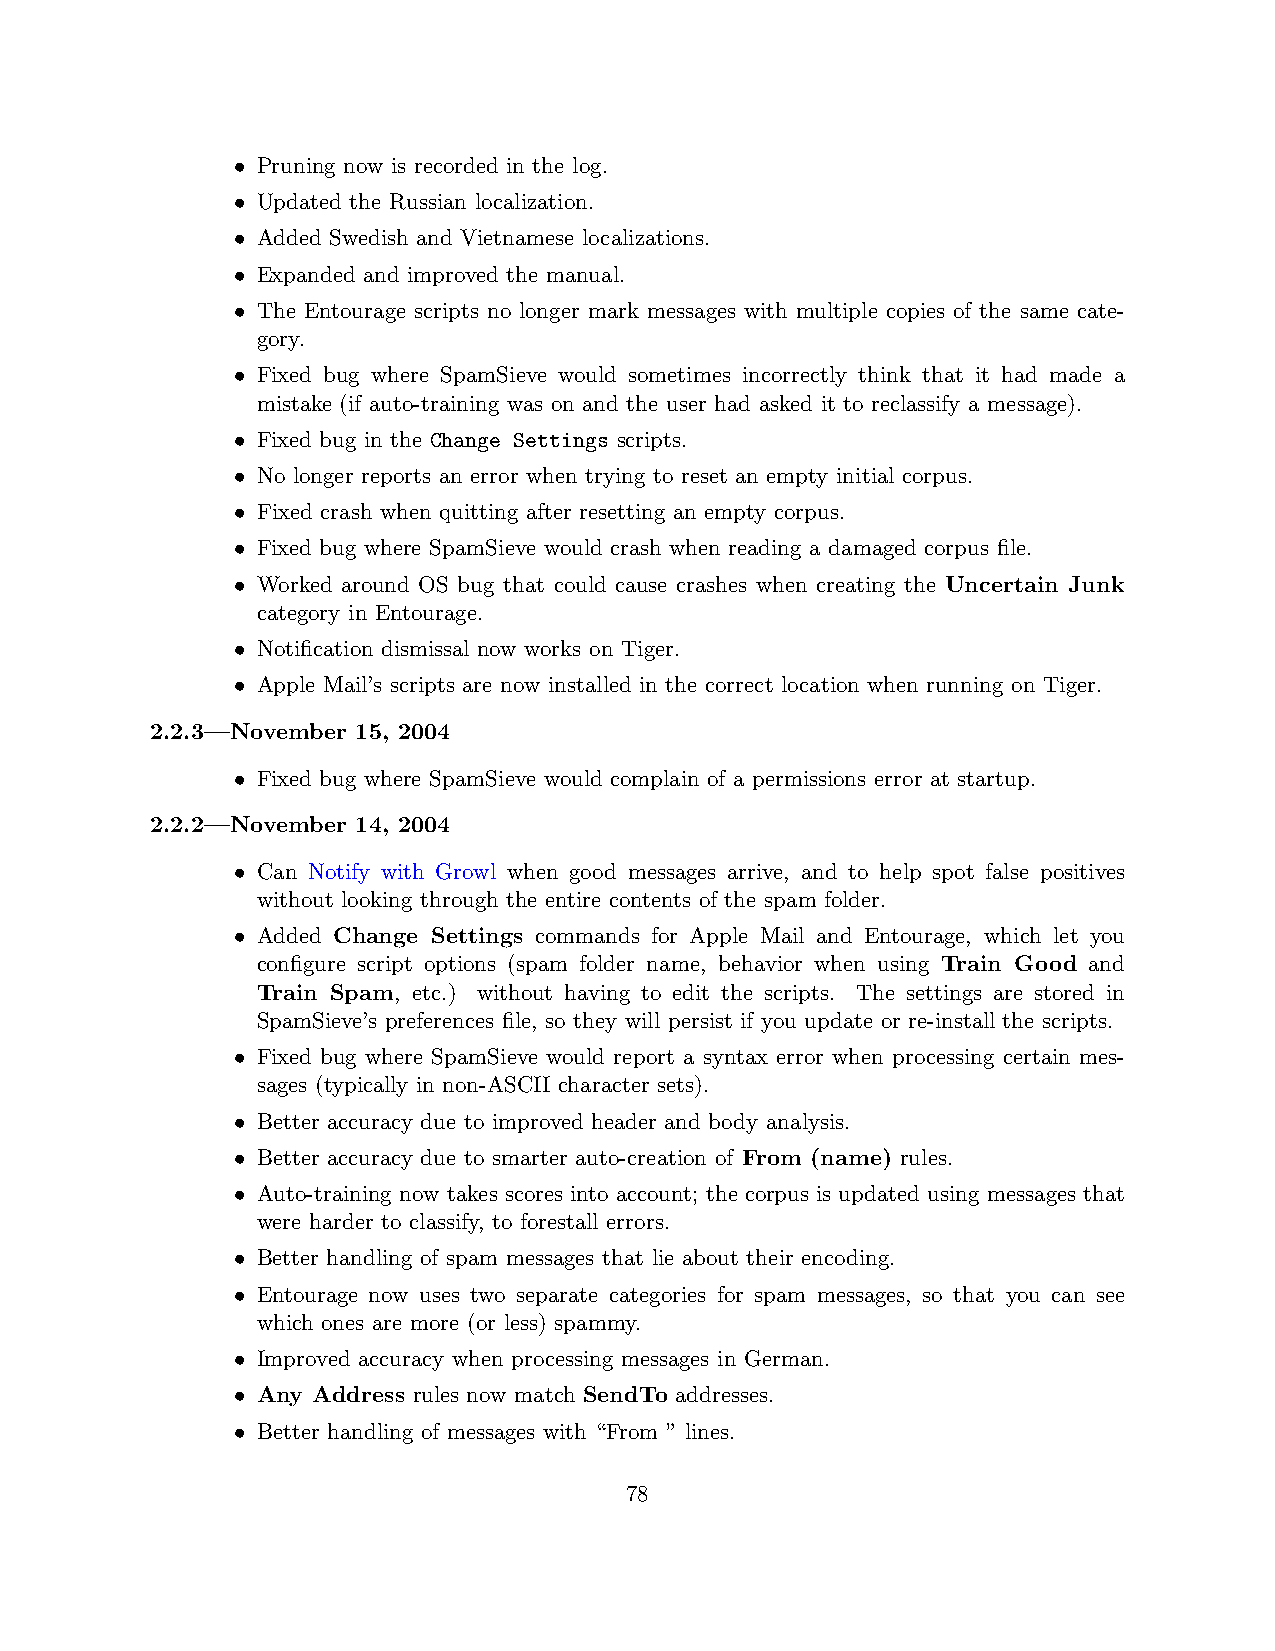
• Pruning now is recorded in the log.
 • Updated the Russian localization.
 • Added Swedish and Vietnamese localizations.
 • Expanded and improved the manual.
 • The Entourage scripts no longer mark messages with multiple copies of the same cate-
 gory.
 • Fixed bug where SpamSieve would sometimes incorrectly think that it had made a
 mistake (if auto-training was on and the user had asked it to reclassify a message).
 • Fixed bug in the Change Settings scripts.
 • No longer reports an error when trying to reset an empty initial corpus.
 • Fixed crash when quitting after resetting an empty corpus.
 • Fixed bug where SpamSieve would crash when reading a damaged corpus file.
 • Worked around OS bug that could cause crashes when creating the Uncertain Junk
 category in Entourage.
 • Notification dismissal now works on Tiger.
 • Apple Mail’s scripts are now installed in the correct location when running on Tiger.
 2.2.3—November 15, 2004
 • Fixed bug where SpamSieve would complain of a permissions error at startup.
 2.2.2—November 14, 2004
 • Can Notify with Growl when good messages arrive, and to help spot false positives
 without looking through the entire contents of the spam folder.
 • Added Change Settings commands for Apple Mail and Entourage, which let you
 configure script options (spam folder name, behavior when using Train Good and
 Train Spam, etc.) without having to edit the scripts. The settings are stored in
 SpamSieve’s preferences file, so they will persist if you update or re-install the scripts.
 • Fixed bug where SpamSieve would report a syntax error when processing certain mes-
 sages (typically in non-ASCII character sets).
 • Better accuracy due to improved header and body analysis.
 • Better accuracy due to smarter auto-creation of From (name) rules.
 • Auto-training now takes scores into account; the corpus is updated using messages that
 were harder to classify, to forestall errors.
 • Better handling of spam messages that lie about their encoding.
 • Entourage now uses two separate categories for spam messages, so that you can see
 which ones are more (or less) spammy.
 • Improved accuracy when processing messages in German.
 • Any Address rules now match SendTo addresses.
 • Better handling of messages with “From ” lines.
 78